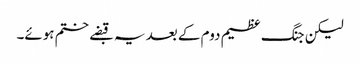
لیکن جنگ عظیم دوم کے بعد یہ قبضے ختم ہوئے۔